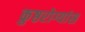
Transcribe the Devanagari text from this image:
कुष्ठरोग्यांस